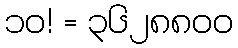
၁၀! = ၃၆၂၈၈၀၀